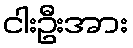
ငါးဦးအား